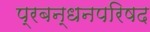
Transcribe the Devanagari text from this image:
प्रबन्धनपरिषद